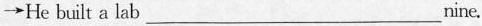
\rightarrow He built a lab___nine.